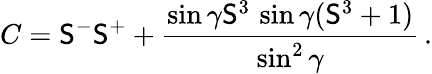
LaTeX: C=\mathsf{S}^{-}\mathsf{S}^{+}+\frac{{\sin\gamma\mathsf{S}^{3}\, \sin\gamma(\mathsf{S}^{3}+1)}}{{\sin^{2}\gamma}}\, .